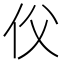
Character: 𠇑